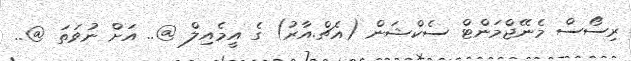
ރިސޯސް މެނޭޖްމަންޓް ސެކްޝަން (އެޗް.އާރު) ގެ އީމެއިލް @.. އަށް ނުވަތަ @..